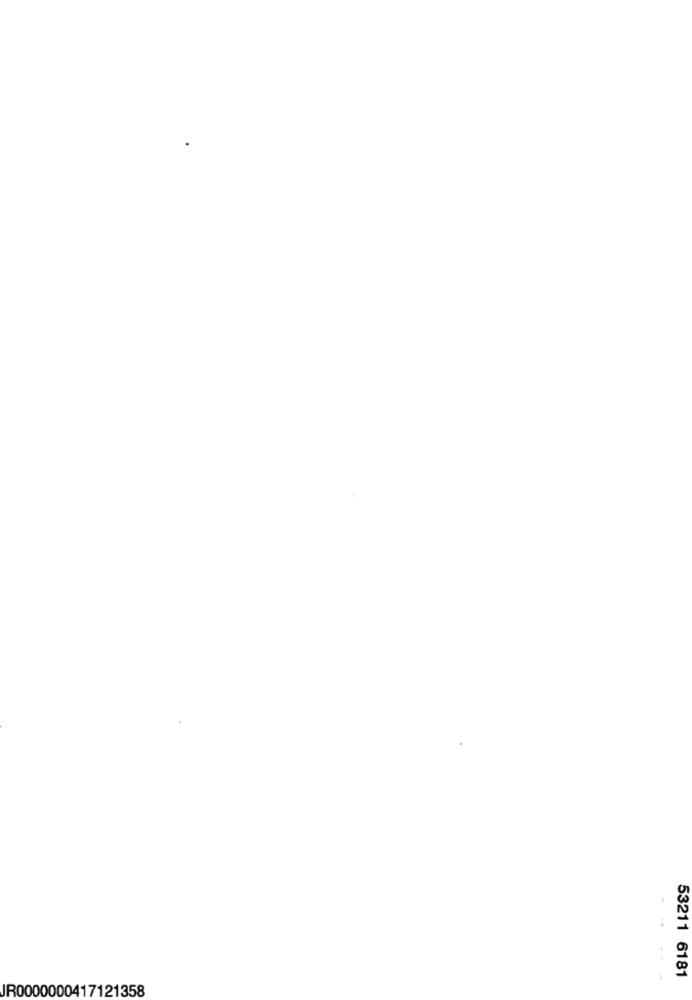
53211 6181
JR0000000417121358